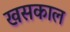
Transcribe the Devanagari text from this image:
खसकाल